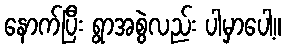
နောက်ပြီး ရွာအစွဲလည်း ပါမှာပေါ့။